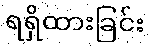
ရရှိထားခြင်း